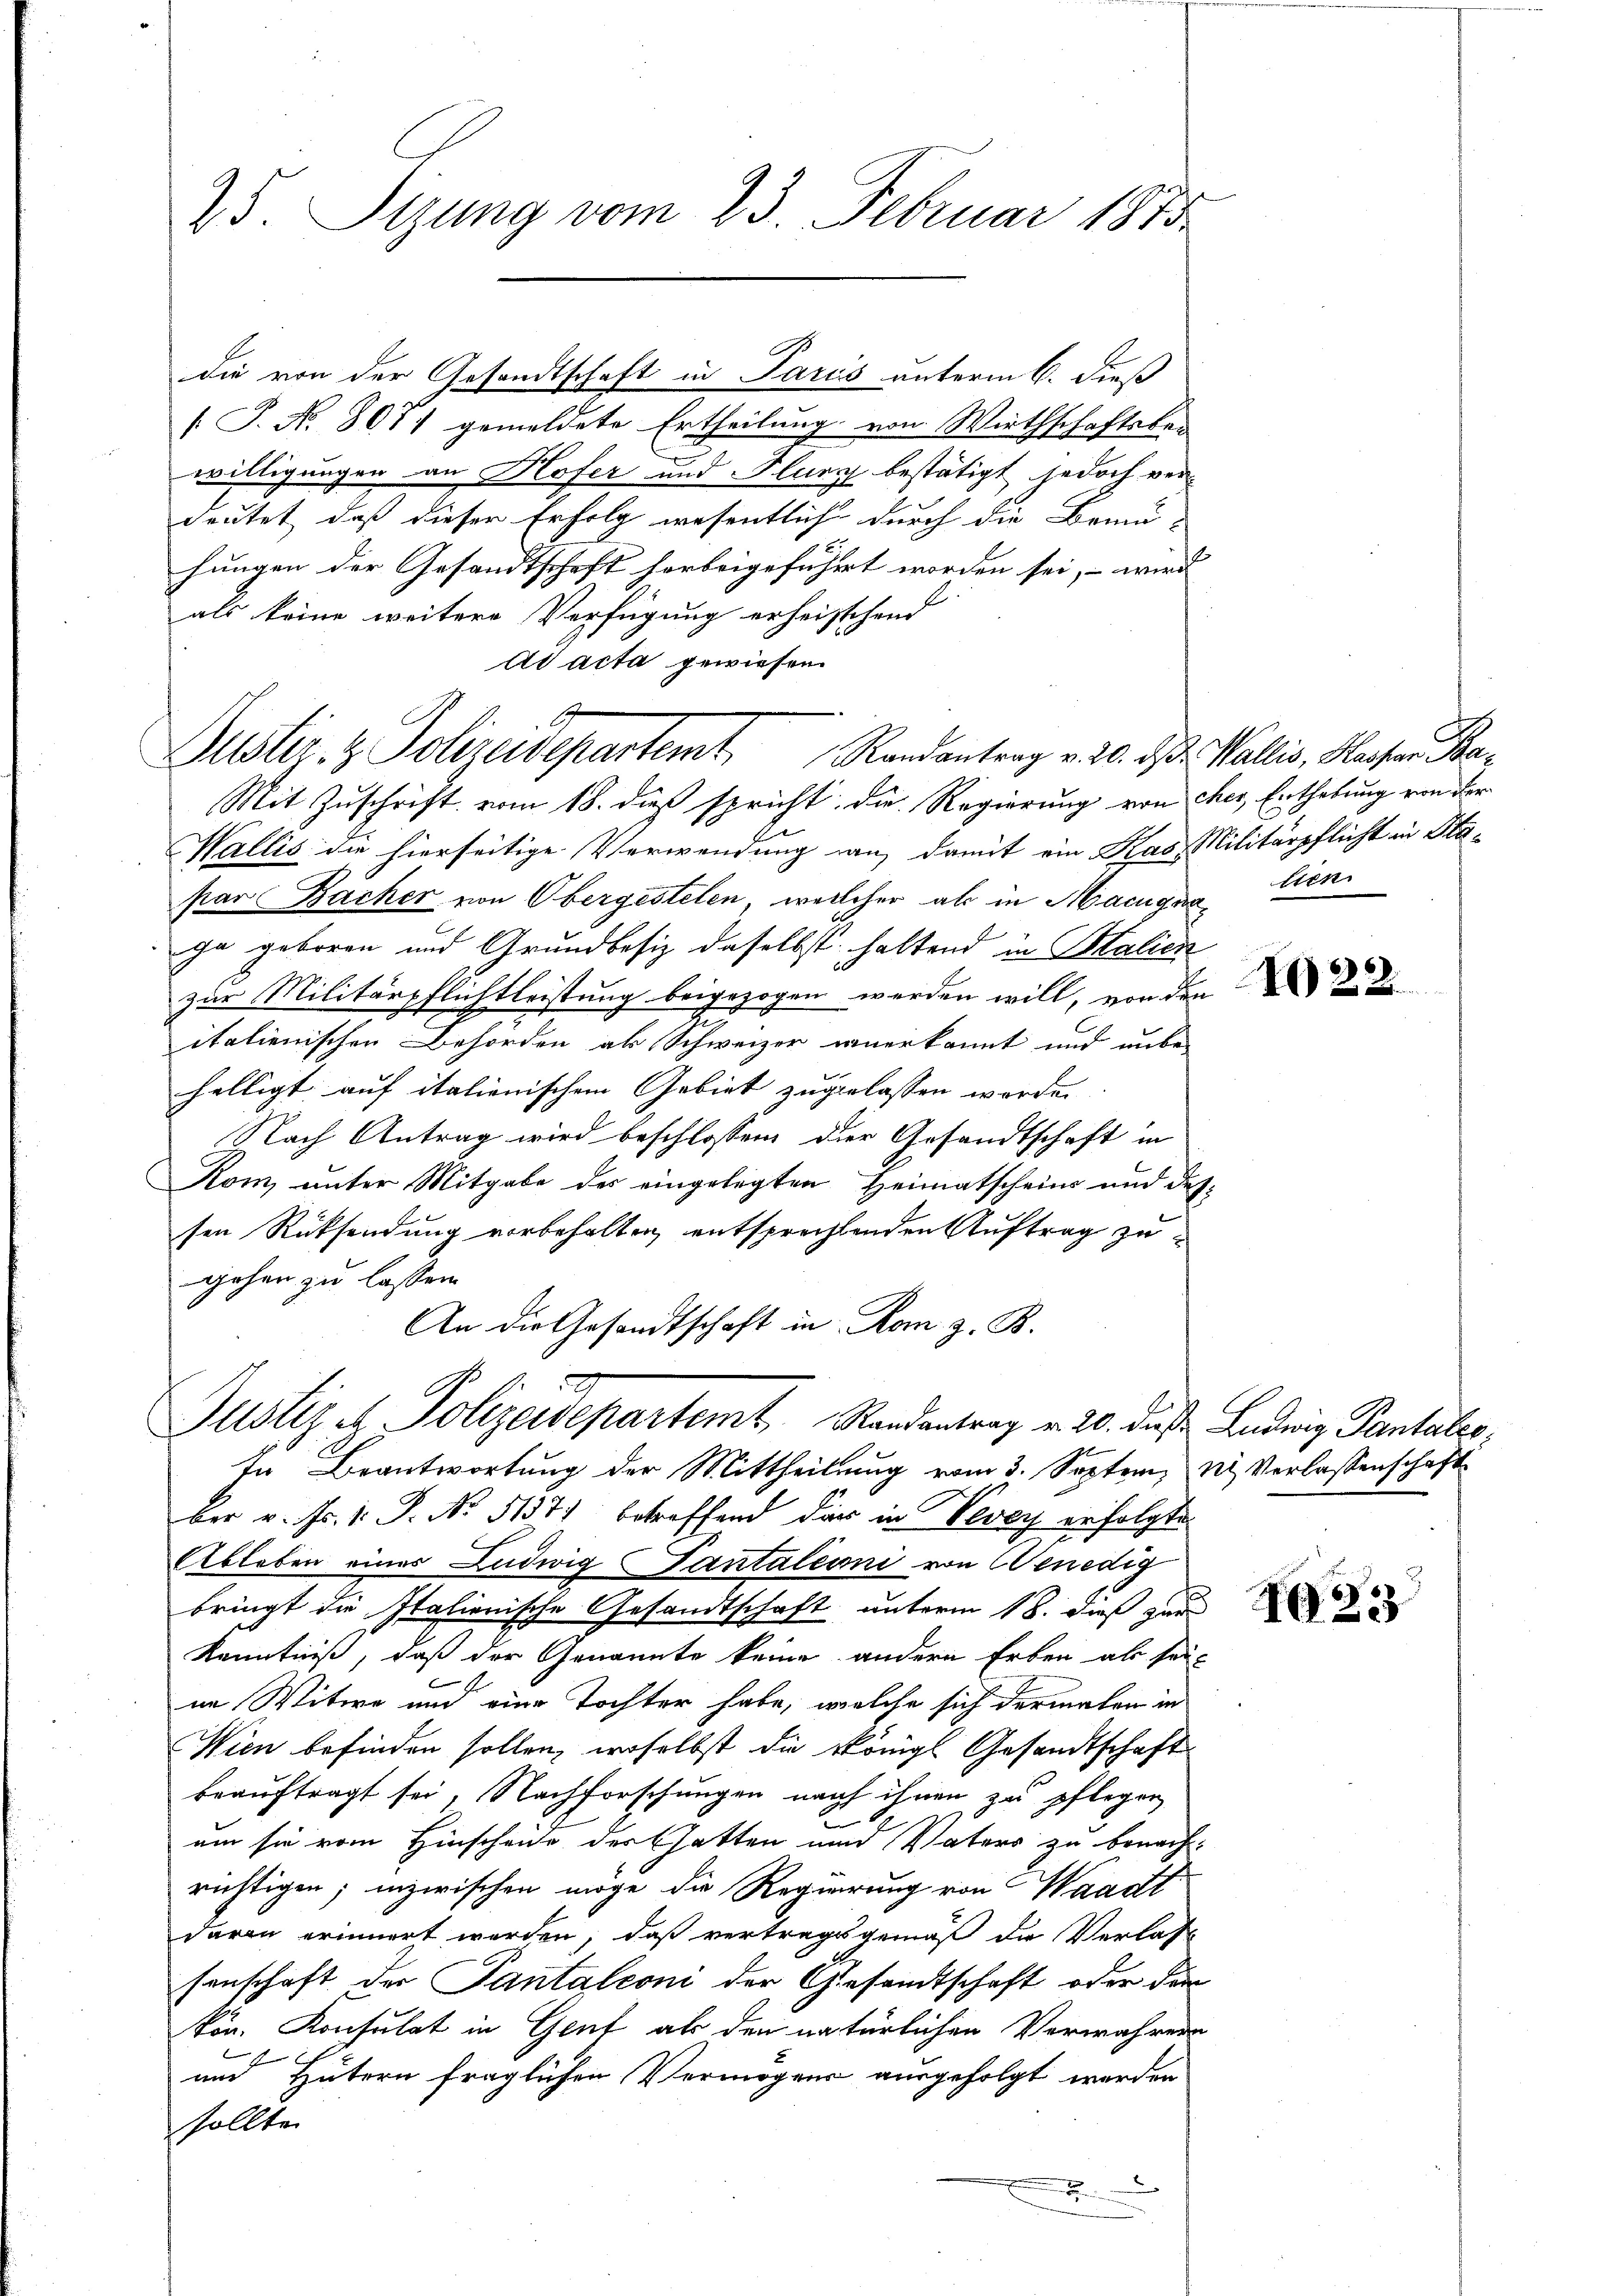
25. Sizung vom 23. Februar 1873

P. No 807) gemeldete Ertheilung von Wirthschaftsber
willigungen an Hofer und Flung bestätigt, jedoch ver-
deutet, daß dieser Erfolg wesentlich durch die Bemu-
hungen der Gesandtschaft herbeigeführt worden sei, – wird
als keine weitere Verfügung erheistehend
Ad acta gewiesen.
Mit Zuschrift vom 18. dieß spricht. Die Regierung von cher, Enthebung von der
Wallis die hierseitige Verwendung an damit ein Kas, Militärpflicht in Hapar Bacher von Obergestelen, welcher als in Macugag lien
ga geboren und Grundbesiz daselbst haltend in Malien
zur Militärpflichtleistung beigezogen werden will, von den
italienischen Behörden als Schweizer anerkannt und unbe-
helligt auf italienischem Gebiet zugelassen worden.
Nach Antrag wird beschlossen der Gesandtschaft in
Kom, unter Mitgabe des eingelegten Heimatscheins und dessen Rücksendung vorbehalten entsprechtenden Auftrag zu
gehen zu lassen.
An die Gesandtschaft in Rom z. B.
6
Justiz u. Polizeidepartemt Randantrag v. 20. diese Ludwig Pantatio¬
In Beantwortung der Mittheilung vom 3. Septem, u. Verlassenschaft
ber v. Fr. 1. P. No. 5137) betreffend dar in Vevey erfolgte
Ableben eines Ludwig Tantaleoni von Benedig
bringt die Italienische Gesandtschaft unterm 18. dieß zur
Kenntniß, daß der Genannte keine andern Erben als sei-
in Witwe und eine Tochter habe, welche sich dermalen in
Wien befinden sollen, woselbst die Königl Gesandtschaft
beauftragt sei, Nachforschungen nach ihnen zu pflegen
2.
um sie vom Hinscheide der hatten und Vaters zu benachrichtigen; inzwischen möge die Regierung von Waadt
daran erinnert werden, daß vertragsgemäß die Verlas
senschaft der Pantalioni der Gesandtschaft oder die
kön. Konsulat in Gruf als den natürlichen Verwahrern

und Hütern fraglichen Vermögens ausgefolgt werden
sollte
.

die von der Gesandtschaft in Paris unterm 6. dieß

Justiz- & Polizeidepartemt Randantrag v. 20. ds. Wallis, Masser Ba

1022.

1253